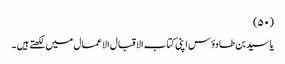
(۵۰)
یا سید بن طاوؤس اپنی کتاب الاقبال الاعمال میں لکھتے ہیں ۔